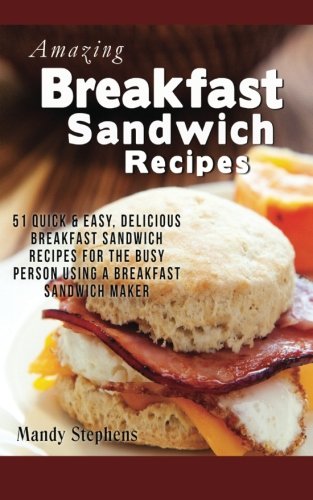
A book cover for Breakfast Sandwich Recipes: 51 Quick & Easy, Delicious Breakfast Sandwich Recipes for the Busy Person Using a Breakfast Sandwich Maker; Mandy Stephens; Cookbooks, Food & Wine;